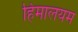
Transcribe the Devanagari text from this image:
हिमालयम